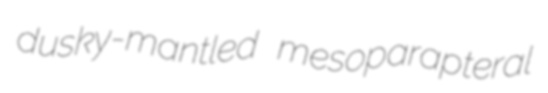
dusky-mantled mesoparapteral